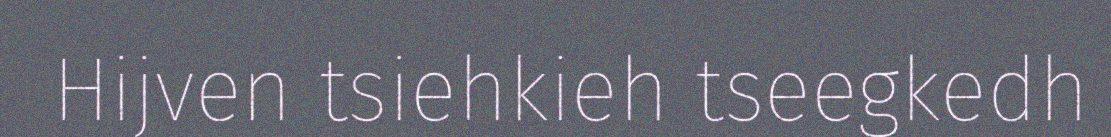
Hijven tsiehkieh tseegkedh